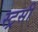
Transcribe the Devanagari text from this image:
स्ट्रसी